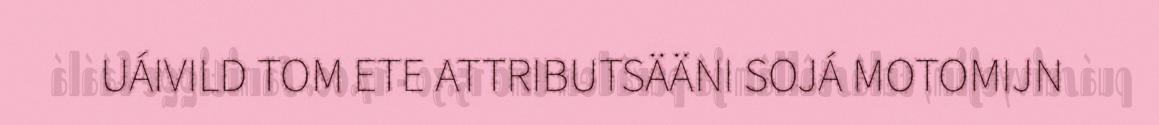
UÁIVILD TOM ETE ATTRIBUTSÄÄNI SOJÁ MOTOMIJN